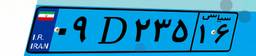
۰۹D۲۳۵۱۶